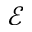
\mathcal { E }